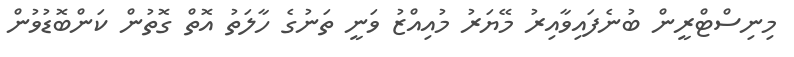
މިނިސްްޓްރީން ބުނެފައިވާއިިރު މޭޔަރު މުއިއްޒު ވަނީ ތަނުގެ ހާލަތު އޮތް ގޮތުން ކަންބޮޑުވުން